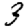
Digit: 3